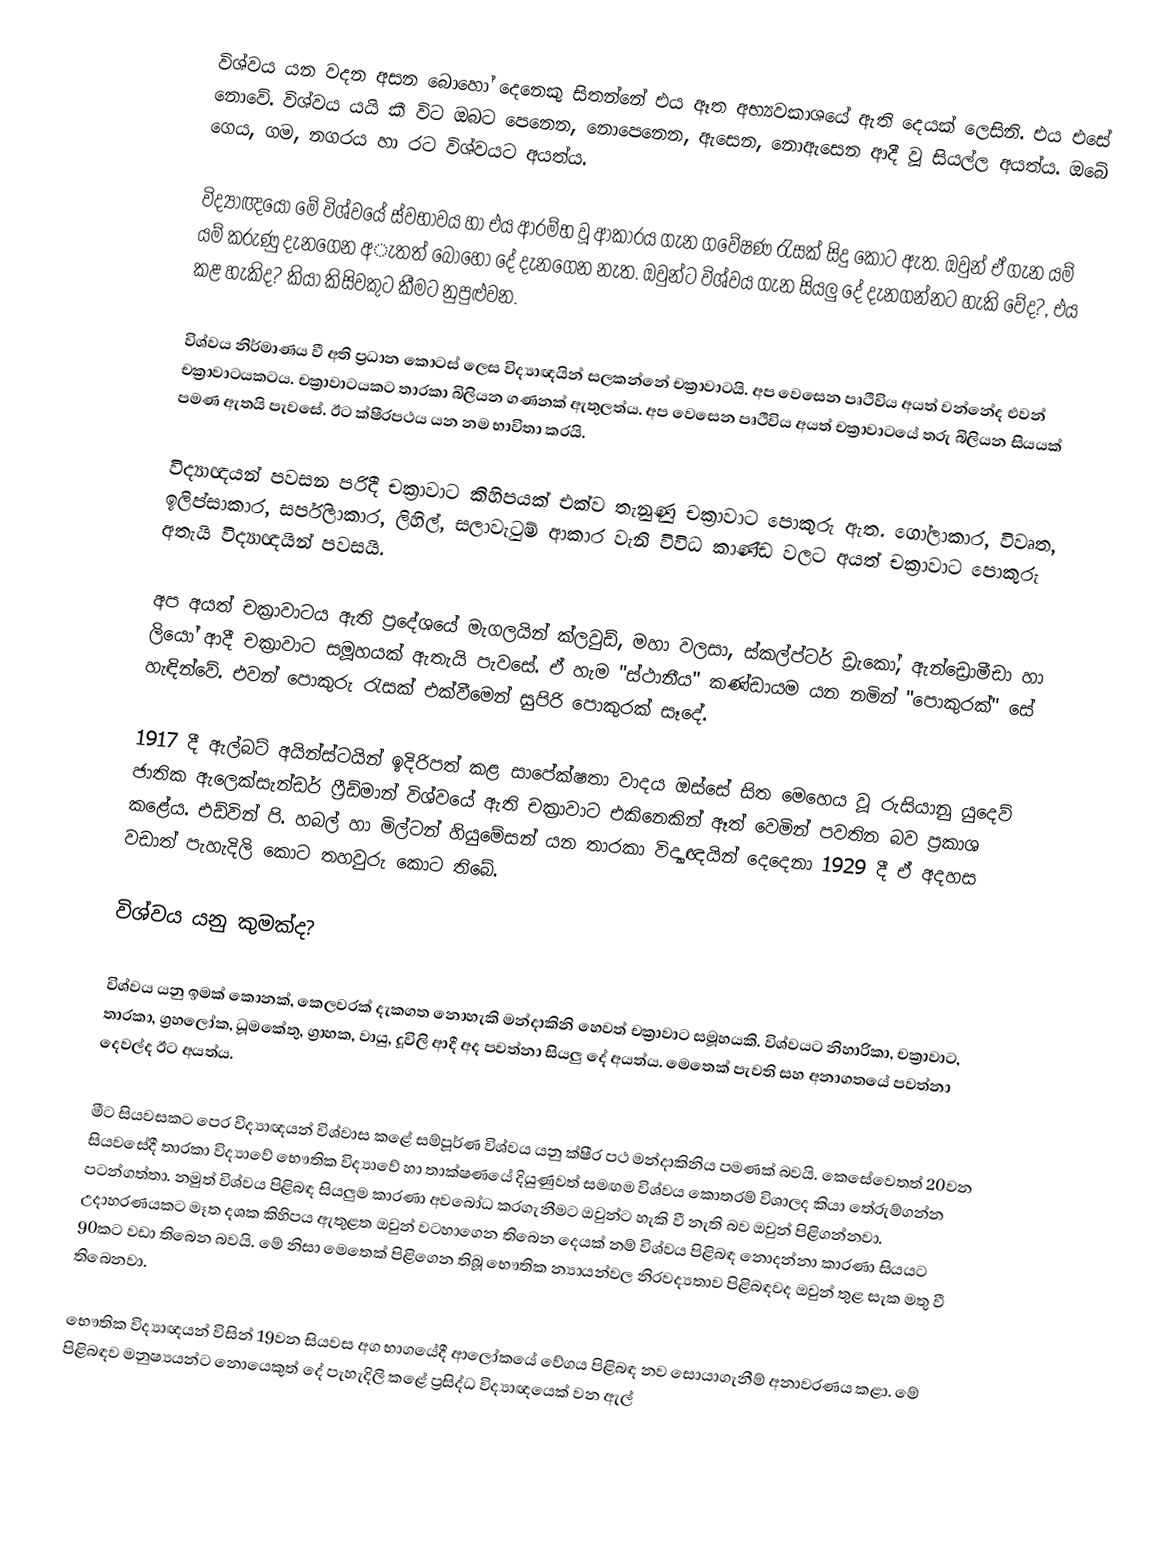
විශ්වය යන වදන අසන බොහෝ දෙනෙකු සිතන්නේ එය ඈත අභ්‍යවකාශයේ ඇති දෙයක් ලෙසිනි. එය එසේ නොවේ. විශ්වය යයි කී විට ඔබට පෙනෙන, නොපෙනෙන, ඇසෙන, නොඇසෙන ආදී වූ සියල්ල අයත්ය. ඔබේ ගෙය, ගම, නගරය හා රට විශ්වයට අයත්ය.

විද්‍යාඥයෝ මේ විශ්වයේ ස්වභාවය හා එය ආරම්භ වූ ආකාරය ගැන ගවේෂණ රැසක් සිදු කොට ඇත. ඔවුන් ඒ ගැන යම් යම් කරුණු දැනගෙන අැතත් බොහෝ දේ දැනගෙන නැත. ඔවුන්ට විශ්වය ගැන සියලු දේ දැනගන්නට හැකි වේද?, එය කළ හැකිද? කියා කිසිවකුට කීමට නුපුළුවන.

විශ්වය නිර්මාණය වී අති ප්‍රධාන කොටස් ලෙස විද්‍යාඥයින් සලකන්නේ චක්‍රාවාටයි. අප වෙසෙන පෘථිවිය අයත් වන්නේද එවන් චක්‍රාවාටයකටය. චක්‍රාවාටයකට තාරකා බිලියන ගණනක් ඇතුලත්ය. අප වෙසෙන පෘථිවිය අයත් චක්‍රාවාටයේ තරු බිලියන සියයක් පමණ ඇතයි පැවසේ. ඊට ක්ෂීරපථය යන නම භාවිතා කරයි.

විද්‍යාඥයන් පවසන පරිදී චක්‍රාවාට කිහිපයක් එක්ව තැනුණු චක්‍රාවාට පොකුරු ඇත. ගෝලාකාර, විවෘත, ඉලිප්සාකාර, සර්පිලාකාර, ලිහිල්, සලාවැටුම් ආකාර වැනි විවිධ කාණ්ඩ වලට අයත් චක්‍රාවාට පොකුරු අතැයි විද්‍යාඥයින් පවසයි.

අප අයත් චක්‍රාවාටය ඇති ප්‍රදේශයේ මැගලයින් ක්ලවුඩ්, මහා වලසා, ස්කල්ප්ටර් ඩ්‍රැකෝ, ඇන්ඩ්‍රොමීඩා හා ලියෝ ආදී චක්‍රාවාට සමූහයක් ඇතැයි පැවසේ. ඒ හැම "ස්ථානීය" කණ්ඩායම යන නමින් "පොකුරක්" සේ හැඳින්වේ. එවන් පොකුරු රැසක් එක්වීමෙන් සුපිරි පොකුරක් සෑදේ.

1917 දී ඇල්බට් අයින්ස්ටයින් ඉදිරිපත් කළ සාපේක්ෂතා වාදය ඔස්සේ සිත මෙහෙය වූ රුසියානු යුදෙව් ජාතික ඇලෙක්සැන්ඩර් ෆ්‍රීඩ්මාන් විශ්වයේ ඇති චක්‍රාවාට එකිනෙකින් ඈත් වෙමින් පවතින බව ප්‍රකාශ කළේය. එඩ්වින් පි. හබල් හා මිල්ටන් හියුමේසන් යන තාරකා විද්‍යාඥයින් දෙදෙනා 1929 දී ඒ අදහස වඩාත් පැහැදිලි කොට තහවුරු කොට තිබේ.

විශ්වය යනු කුමක්ද?

විශ්වය යනු ඉමක් කොනක්, කෙලවරක් දැකගත නොහැකි මන්දාකිනි හෙවත් චක්‍රාවාට සමූහයකි. විශ්වයට නිහාරිකා, චක්‍රාවාට, තාරකා, ග්‍රහලෝක, ධූමකේතු, ග්‍රාහක, වායු, දූවිලි ආදී අද පවත්නා සියලු දේ අයත්ය. මෙතෙක් පැවති සහ අනාගතයේ පවත්නා දෙවල්ද ඊට අයත්ය.

මීට සියවසකට පෙර විද්‍යාඥයන් විශ්වාස කළේ සම්පූර්ණ විශ්වය යනු ක්ෂීර පථ මන්දාකිනිය පමණක් බවයි. කෙසේවෙතත් 20වන සියවසේදී තාරකා විද්‍යාවේ භෞතික විද්‍යාවේ හා තාක්ෂණයේ දියුණුවත් සමඟම විශ්වය කොතරම් විශාලද කියා තේරුම්ගන්න පටන්ගත්තා. නමුත් විශ්වය පිළිබඳ සියලුම කාරණා අවබෝධ කරගැනීමට ඔවුන්ට හැකි වී නැති බව ඔවුන් පිළිගන්නවා. උදාහරණයකට මෑත දශක කිහිපය ඇතුළත ඔවුන් වටහාගෙන තිබෙන දෙයක් නම් විශ්වය පිළිබඳ නොදන්නා කාරණා සියයට 90කට වඩා තිබෙන බවයි. මේ නිසා මෙතෙක් පිළිගෙන තිබූ භෞතික න්‍යායන්වල නිරවද්‍යතාව පිළිබඳවද ඔවුන් තුළ සැක මතු වී තිබෙනවා.

භෞතික විද්‍යාඥයන් විසින් 19වන සියවස අග භාගයේදී ආලෝකයේ වේගය පිළිබඳ නව සොයාගැනීම් අනාවරණය කළා. මේ පිළිබඳව මනුෂ්‍යයන්ට නොයෙකුත් දේ පැහැදිලි කළේ ප්‍රසිද්ධ විද්‍යාඥයෙක් වන ඇල්